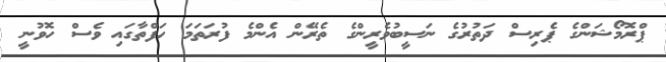
ޕްރޮމޯޝަންގެ ޕެރިސް ދަތުރުގެ ނަސީބުވެރީންގެ ތެރޭން އެންމެ ފުރަތަމަ ހަފްތާގައި ވެސް ހޮވުނީ